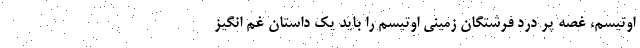
اوتیسم، غصه پر درد فرشتگان زمینی اوتیسم را باید یک داستان غم انگیز